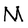
Character: M